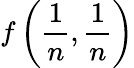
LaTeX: f\left({\frac{1}{n}},{\frac{1}{n}}\right)